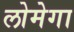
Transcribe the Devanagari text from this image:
लोमेगा